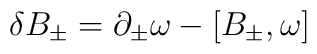
\delta B_\pm=\partial_\pm\omega -[B_\pm, \omega]